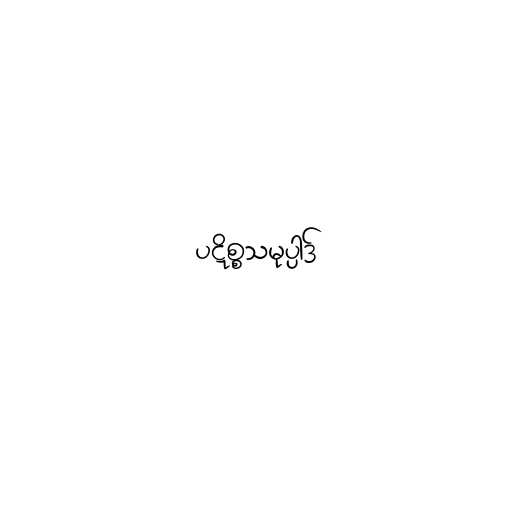
ပဋိစ္စသမုပ္ပါဒ်